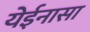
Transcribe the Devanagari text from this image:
येईनासा